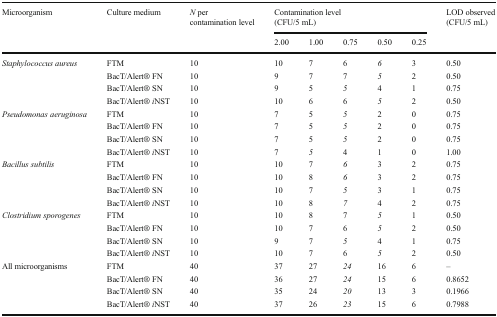
| <ROWSPAN=2> Microorganism | <ROWSPAN=2> Culture medium | <ROWSPAN=2> N per contamination level | <COLSPAN=5> Contamination level(CFU/5 mL) | <ROWSPAN=2> LOD observed (CFU/5 mL) |
 | 2.00 | 1.00 | 0.75 | 0.50 | 0.25 |
 | --- | --- | --- | --- | --- | --- | --- | --- | --- |
 | <ROWSPAN=4> Staphylococcus aureus | FTM | 10 | 10 | 7 | 6 | 6 | 3 | 0.50 |
 | BacT/Alert® FN | 10 | 9 | 7 | 7 | 5 | 2 | 0.50 |
 | BacT/Alert® SN | 10 | 9 | 5 | 5 | 4 | 1 | 0.75 |
 | BacT/Alert® iNST | 10 | 10 | 6 | 6 | 5 | 2 | 0.50 |
 | <ROWSPAN=4> Pseudomonas aeruginosa | FTM | 10 | 7 | 5 | 5 | 2 | 0 | 0.75 |
 | BacT/Alert® FN | 10 | 7 | 5 | 5 | 2 | 0 | 0.75 |
 | BacT/Alert® SN | 10 | 7 | 5 | 5 | 2 | 0 | 0.75 |
 | BacT/Alert® iNST | 10 | 7 | 5 | 4 | 1 | 0 | 1.00 |
 | <ROWSPAN=4> Bacillus subtilis | FTM | 10 | 10 | 7 | 6 | 3 | 2 | 0.75 |
 | BacT/Alert® FN | 10 | 10 | 8 | 6 | 3 | 2 | 0.75 |
 | BacT/Alert® SN | 10 | 10 | 7 | 5 | 3 | 1 | 0.75 |
 | BacT/Alert® iNST | 10 | 10 | 8 | 7 | 4 | 2 | 0.75 |
 | <ROWSPAN=4> Clostridium sporogenes | FTM | 10 | 10 | 8 | 7 | 5 | 1 | 0.50 |
 | BacT/Alert® FN | 10 | 10 | 7 | 6 | 5 | 2 | 0.50 |
 | BacT/Alert® SN | 10 | 9 | 7 | 5 | 4 | 1 | 0.75 |
 | BacT/Alert® iNST | 10 | 10 | 7 | 6 | 5 | 2 | 0.50 |
 | <ROWSPAN=4> All microorganisms | FTM | 40 | 37 | 27 | 24 | 16 | 6 | – |
 | BacT/Alert® FN | 40 | 36 | 27 | 24 | 15 | 6 | 0.8652 |
 | BacT/Alert® SN | 40 | 35 | 24 | 20 | 13 | 3 | 0.1966 |
 | BacT/Alert® iNST | 40 | 37 | 26 | 23 | 15 | 6 | 0.7988 |